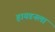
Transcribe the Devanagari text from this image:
हायडनला